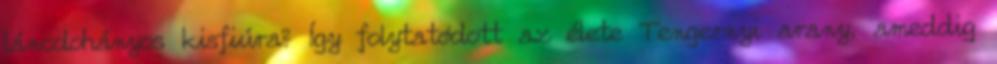
láncdohányos kisfiúra? Így folytatódott az élete Tengernyi arany, ameddig